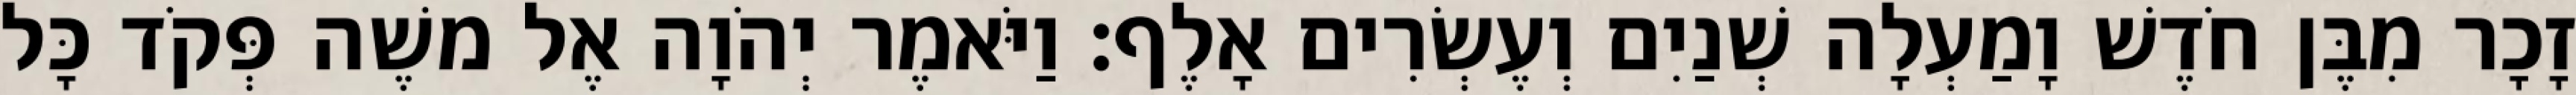
זָכָר מִבֶּן חֹדֶשׁ וָמַעְלָה שְׁנַיִם וְעֶשְׂרִים אָלֶף׃ וַיֹּאמֶר יְהֹוָה אֶל משֶׁה פְּקֹד כָּל